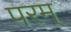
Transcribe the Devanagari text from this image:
परम्‌